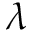
\lambda